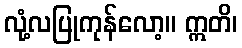
လုံ့လပြုကုန်လော့။ ဣတိ၊